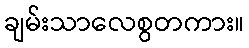
ချမ်းသာလေစွတကား။